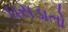
ઘસડાતો